Scientific memoirs by medical officers of the Army of India - Part IV,
Year: 1889
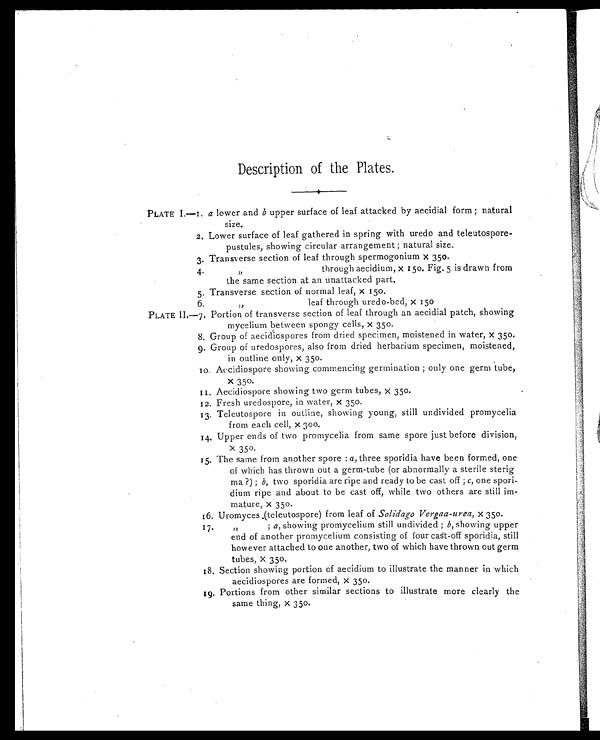
Description of the Plates.
PLATE I.—1. a lower and b upper surface of leaf attacked by aecidial form; natural
size.
2. Lower surface of leaf gathered in spring with uredo and teleutospore
- pustules, showing circular arrangement; natural size.
3. Transverse section of leaf through spermogonium x 350.
4. „ through aecidium, x 150. Fig. 5 is drawn from
the same section at an unattacked part.
5. Transverse section of normal leaf, x 150.
6. „ leaf through uredo-bed, x 150
PLATE II.-7. Portion of transverse section of leaf through an aecidial patch, showing
mycelium between spongy cells, x 350.
8. Group of aecidiospores from dried specimen, moistened in water, x 350.
9. Group of uredospores, also from dried herbarium specimen, moistened,
in outline only, x 350.
10. Aecidiospore showing commencing germination; only one germ tube,
x 350.
11. Aecidiospore showing two germ tubes, x 350.
12. Fresh uredospore, in water, x 350.
13. Teleutospore in outline, showing young, still undivided promycelia
from each cell, x 300.
14. Upper ends of two promycelia from same spore just before division,
x 350.
15. The same from another spore: a , three sporidia have been formed, one
of which has thrown out a germ-tube (or abnormally a sterile sterig
ma?); b, two sporidia are ripe and ready to be cast off; c, one spori-
dium ripe and about to be cast off, while two others are still im-
mature, x 350.
16. Uromyces (teleutospore) from leaf of Solidago Vergaa-urea, x 350.
17. „ ;
a, showing promycelium still undivided; b, showing upper
end of another promycelium consisting of four cast-off sporidia, still
however attached to one another, two of which have thrown out germ
tubes, x 350.
18. Section showing portion of aecidium to illustrate the manner in which
aecidiospores are formed, x 350.
19. Portions from other similar sections to illustrate more clearly the
same thing, x 350.